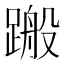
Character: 𨃟